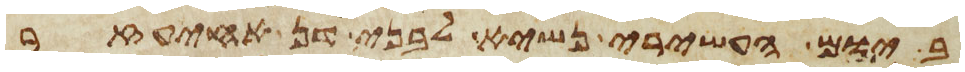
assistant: ביום העשירי נשיא לבני דן אחיעזר